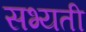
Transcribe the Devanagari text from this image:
सभ्यती